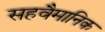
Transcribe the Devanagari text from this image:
सहवैमानिक